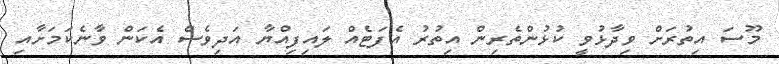
މޫސަ އިތުރަށް ވިދާޅުވީ ކުޅުންތެރިން އިތުރު އެފަޓެއް ލައިފިއްޔާ އަދިވެސް އެކަން ވާނެކަމަށާއި